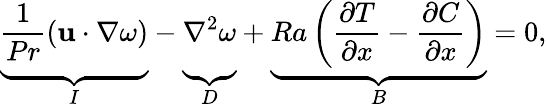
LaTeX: \underbrace{\vphantom{\left(\frac{\partial\Theta}{\partial x}\right)}\frac{1}{Pr}\left(\mathbf{u}\cdot\nabla\omega\right)}_{I}-\underbrace{\vphantom{\left(\frac{\partial\Theta}{\partial x}\right)}\nabla^{2}\omega}_{D}+\underbrace{Ra\left(\frac{\partial T}{\partial x}-\frac{\partial C}{\partial x}\right)}_{B}=0,